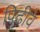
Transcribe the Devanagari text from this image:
पिढीवे